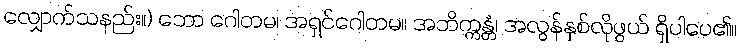
လျှောက်သနည်း။) ဘော ဂေါတမ၊ အရှင်ဂေါတမ။ အဘိက္ကန္တံ၊ အလွန်နှစ်လိုဖွယ် ရှိပါပေ၏။